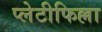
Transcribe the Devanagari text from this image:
प्लेटीफिल्ला